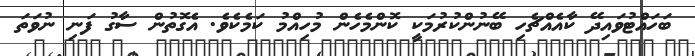
ބަހައްޓުވައިދޭ ކާއެއްޗެހި ބޭނުންކުރުމަކީ ކޮންމެހެން މުހިއްމު ކަމެކެވެ. އެގޮތުން ސާގު ފަނި ނުވަތަ